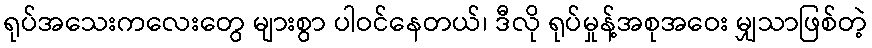
ရုပ်အသေးကလေးတွေ များစွာ ပါဝင်နေတယ်၊ ဒီလို ရုပ်မှုန့်အစုအဝေး မျှသာဖြစ်တဲ့